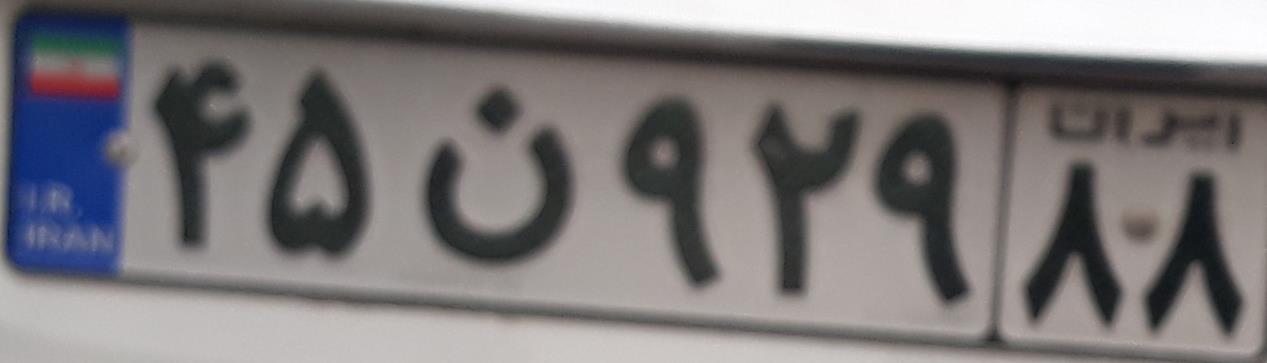
۴۵ن۹۲۹۸۸